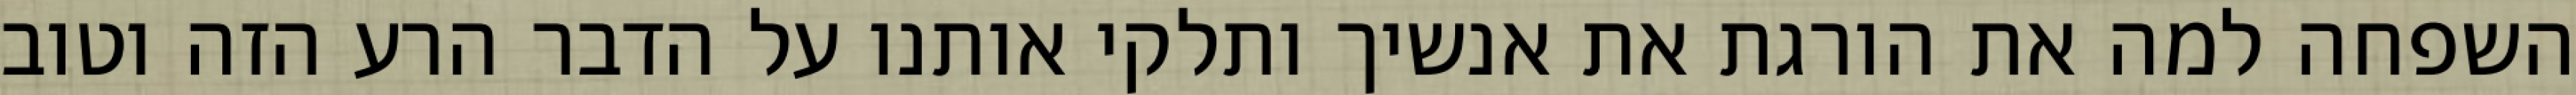
השפחה למה את הורגת את אנשיך ותלקי אותנו על הדבר הרע הזה וטוב